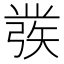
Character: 彂